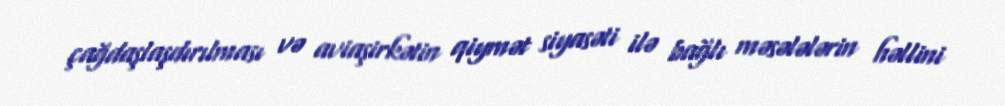
çağdaşlaşdırılması və aviaşirkətin qiymət siyasəti ilə bağlı məsələlərin həllini